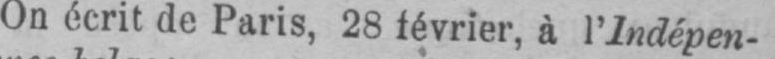
On écrit de Paris, 28 février, à l’Indépen-